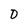
Character: 0